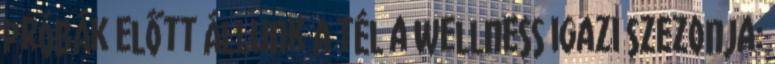
próbák előtt állunk A tél a wellness igazi szezonja: